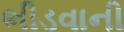
ભીડવાની